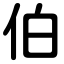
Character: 伯